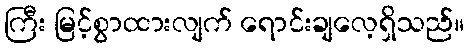
ကြီး မြင့်စွာထားလျက် ရောင်းချလေ့ရှိသည်။